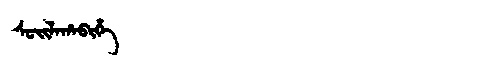
Manchu: ᠰᡠᡳᠯᠠᡥᠠᠪᡳᡥᡝ
Romanization: SUILAHABIHE